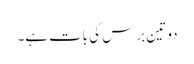
دو تین برس کی بات ہے۔